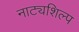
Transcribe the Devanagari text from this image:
नाट्यशिल्प